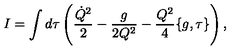
I = \int d \tau \left( \frac { \dot { Q } ^ { 2 } } { 2 } - \frac { g } { 2 Q ^ { 2 } } - \frac { Q ^ { 2 } } { 4 } \{ g , \tau \} \right) ,